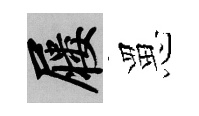
屨罳